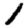
Digit: 1